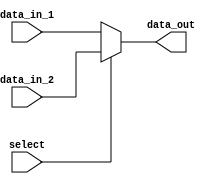
module mux_2to1 (
    input wire data_in_1,
    input wire data_in_2,
    input wire select,
    output wire data_out
);

assign data_out = select ? data_in_2 : data_in_1;

endmodule